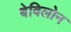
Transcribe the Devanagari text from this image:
बेविलोन